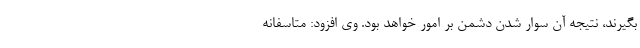
بگیرند، نتیجه آن سوار شدن دشمن بر امور خواهد بود. وی افزود: متاسفانه